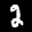
Label: 2